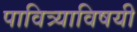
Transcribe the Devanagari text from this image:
पावित्र्याविषयी